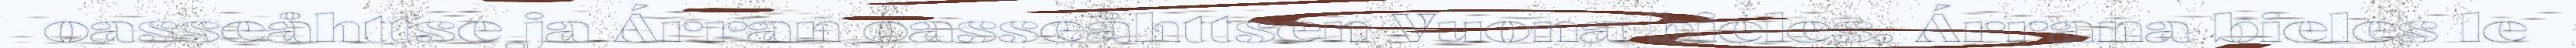
oasseåhttse ja Árran oasseåhttsen Vuona bieles. Árrana bieles le